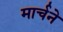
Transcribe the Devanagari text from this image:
मार्चने